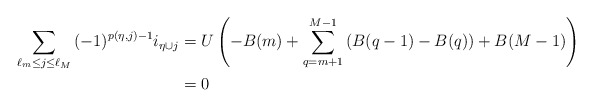
\begin{align*}\sum_{ \ell_{m} \leq j \leq \ell_{M}}{ (-1)^{p(\eta,j)-1} i_{\eta \cup j}} &=U\left( - B(m)+ \sum_{q=m+1}^{M-1}\left(B(q-1)-B(q)\right) +B(M-1)\right)\\&=0\end{align*}